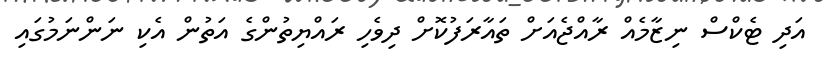
އަދި ޓެކްސް ނިޒާމެއް ރާއްޖެއަށް ތައާރަފުކޮށް ދިވެހި ރައްޔިތުންގެ އަތުން އެކި ނަންނަމުގައި